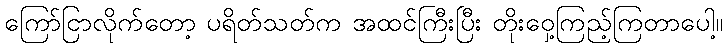
ကြော်ငြာလိုက်တော့ ပရိတ်သတ်က အထင်ကြီးပြီး တိုးဝှေ့ကြည့်ကြတာပေါ့။